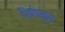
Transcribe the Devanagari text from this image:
तिमोश्चुक